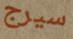
سيرج